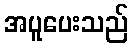
အပူပေးသည်